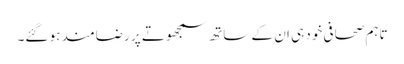
تاہم صحافی خود ہی ان کے ساتھ سمجھوتے پر رضامند ہو گئے۔